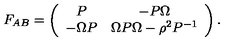
F _ { A B } = \left( \begin{array} { c c c } { P } & { - P \Omega } \\ { - \Omega P } & { \Omega P \Omega - \rho ^ { 2 } P ^ { - 1 } } \\ \end{array} \right) .